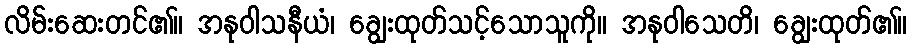
လိမ်းဆေးတင်၏။ အနုဝါသနီယံ၊ ချွေးထုတ်သင့်သောသူကို။ အနုဝါသေတိ၊ ချွေးထုတ်၏။